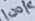
Text: 100K